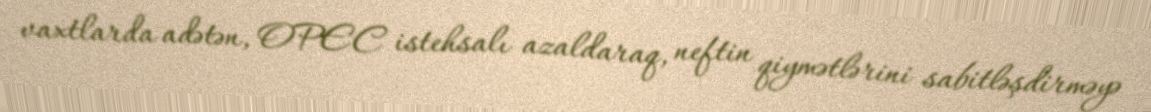
vaxtlarda adətən, OPEC istehsalı azaldaraq, neftin qiymətlərini sabitləşdirməyə